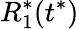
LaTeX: R_{1}^{*}(t^{*})